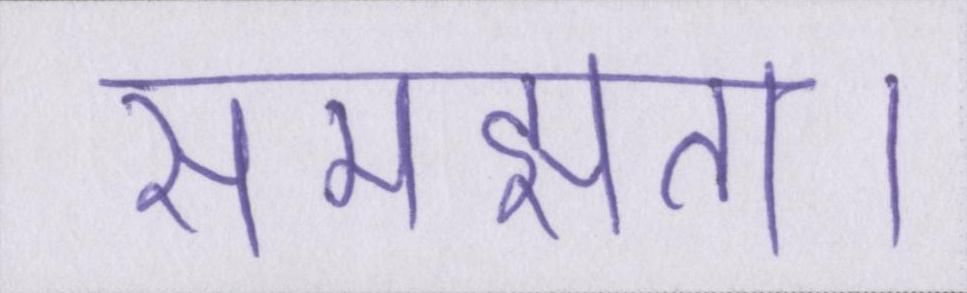
समझता।